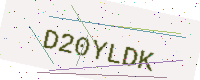
Text: D20YLDK